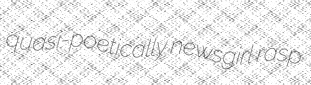
quasi-poetically newsgirl rasp